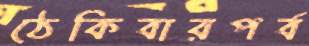
ঠেকিবারপর্ব